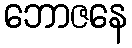
ဘောဇနေ